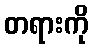
တရားကို